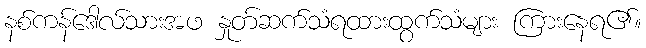
နစ်ကန်ဒေါလ်သားအဖ နှုတ်ဆက်သံရထားထွက်သံများ ကြားနေရ၏။